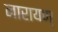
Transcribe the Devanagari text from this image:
नारायण्